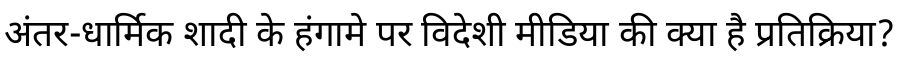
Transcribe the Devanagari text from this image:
अंतर-धार्मिक शादी के हंगामे पर विदेशी मीडिया की क्या है प्रतिक्रिया?